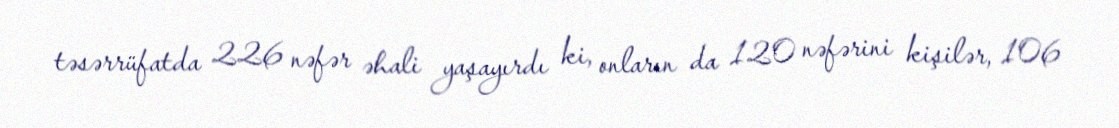
təsərrüfatda 226 nəfər əhali yaşayırdı ki, onların da 120 nəfərini kişilər, 106